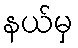
နယ်မှ